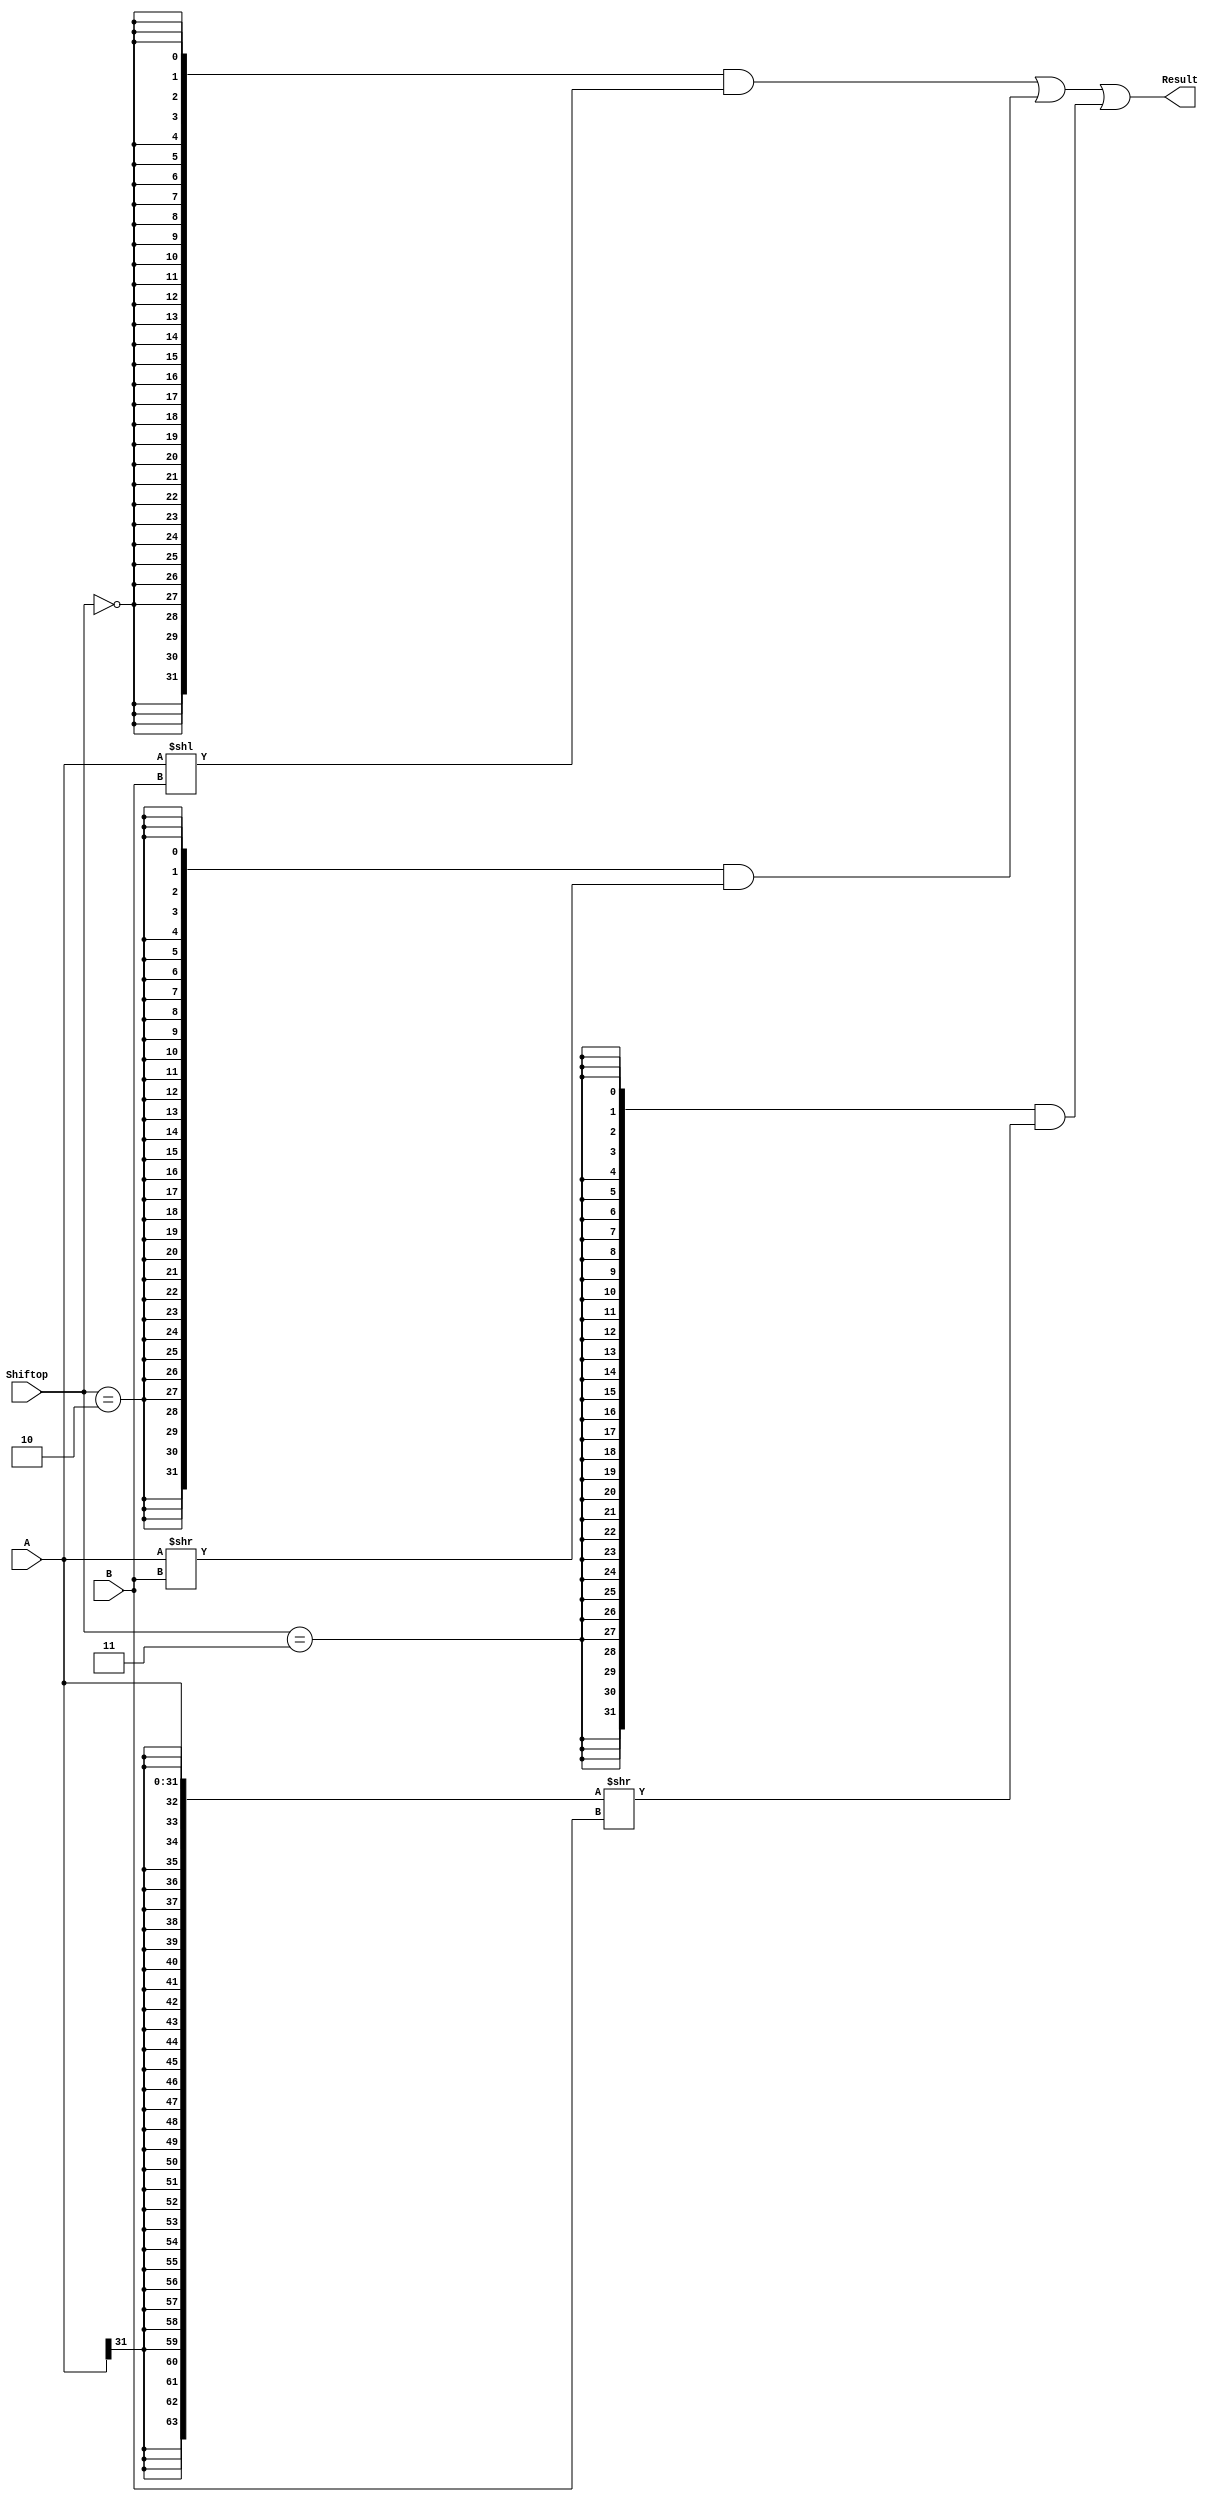
`timescale 10 ns / 1 ns

`define DATA_WIDTH 32

//Shiftop
`define	SLL  2'b00
`define	SRL  2'b10 //set the word right logical
`define	SRA  2'b11 //set the word right arithematic

module shifter (
	input  [`DATA_WIDTH - 1:0] A,
	input  [              4:0] B,
	input  [              1:0] Shiftop,
	output [`DATA_WIDTH - 1:0] Result
);
	// TODO: Please add your logic code here

//wire virables for direct results
	//SRA: care space left by SRA,so do not use simple shift
	wire [`DATA_WIDTH - 1:0] R_SLL;
	wire [`DATA_WIDTH - 1:0] R_SRL;
	wire [`DATA_WIDTH - 1:0] R_SRA;
	wire [63:0] SRA_tmp; 

	assign R_SLL = A << B[4:0];
	assign R_SRL = A >> B[4:0];
	assign SRA_tmp = {{32{A[31]}},A} >> B[4:0];
	assign R_SRA = SRA_tmp[31:0];

	assign Result = ({32{Shiftop == `SLL}} & R_SLL) |
         	        ({32{Shiftop == `SRL}} & R_SRL) |
               	({32{Shiftop == `SRA}} & R_SRA) ;
endmodule